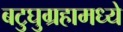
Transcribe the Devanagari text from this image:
बटुघुग्रहामध्ये